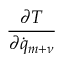
\frac { \partial T } { \partial { \dot { q } } _ { m + \nu } }